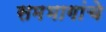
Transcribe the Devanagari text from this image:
समभागांचे